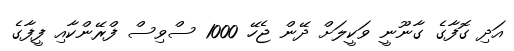
އަދި ގޮފާގެ ގާނޫނީ ވަކީލަށް ދޭން ޖެހޭ 1000 ސްވިސް ފްރޭންކާއި ފީފާގެ